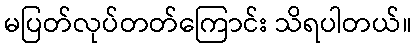
မပြတ်လုပ်တတ်ကြောင်း သိရပါတယ်။